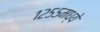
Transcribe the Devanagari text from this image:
१२५५मध्ये